Leaving Certificate Examination (including Day School Certificate (Higher) General paper), 1931
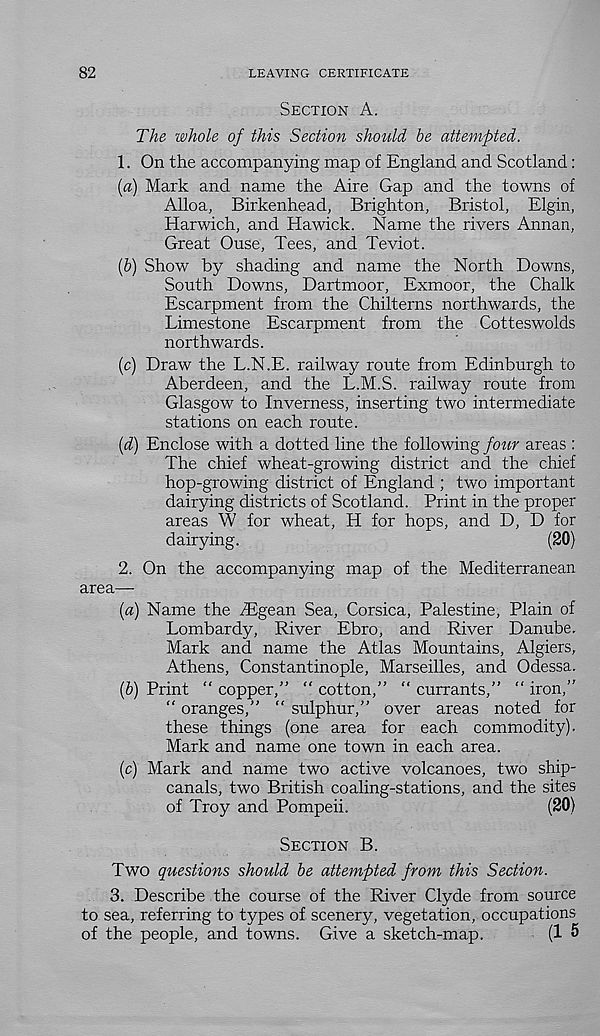
82
LEAVING CERTIFICATE
Section A.
The whole of this Section should be attempted.
1. On the accompanying map of England and Scotland :
(a) Mark and name the Aire Gap and the towns of
Alloa, Birkenhead, Brighton, Bristol, Elgin,
Harwich, and Hawick. Name the rivers Annan,
Great Ouse, Tees, and Teviot.
(b) Show by shading and name the North Downs,
South Downs, Dartmoor, Exmoor, the Chalk
Escarpment from the Chilterns northwards, the
Limestone Escarpment from the Cotteswolds
northwards.
(c) Draw the L.N.E. railway route from Edinburgh to
Aberdeen, and the L.M.S. railway route from
Glasgow to Inverness, inserting two intermediate
stations on each route.
(d) Enclose with a dotted line the following fottr areas :
The chief wheat-growing district and the chief
hop-growing district of England ; two important
dairying districts of Scotland. Print in the proper
areas W for wheat, H for hops, and D, D for
dairying.
(20)
2. On the accompanying map of the Mediterranean
area—
(a) Name the drgean Sea, Corsica, Palestine, Plain of
Lombardy, River Ebro, and River Danube.
Mark and name the Atlas Mountains, Algiers,
Athens, Constantinople, Marseilles, and Odessa.
(b) Print “ copper,” “ cotton,” “ currants,” “ iron,”
“ oranges,” “ sulphur,” over areas noted for
these things (one area for each commodity).
Mark and name one town in each area.
(c) Mark and name two active volcanoes, two ship-
canals, two British coaling-stations, and the sites
of Troy and Pompeii.
(20)
Section B.
Two questions should be attempted from this Section.
3. Describe the course of the River Clyde from source
to sea, referring to types of scenery, vegetation, occupations
of the people, and towns. Give a sketch-map.
(1 5